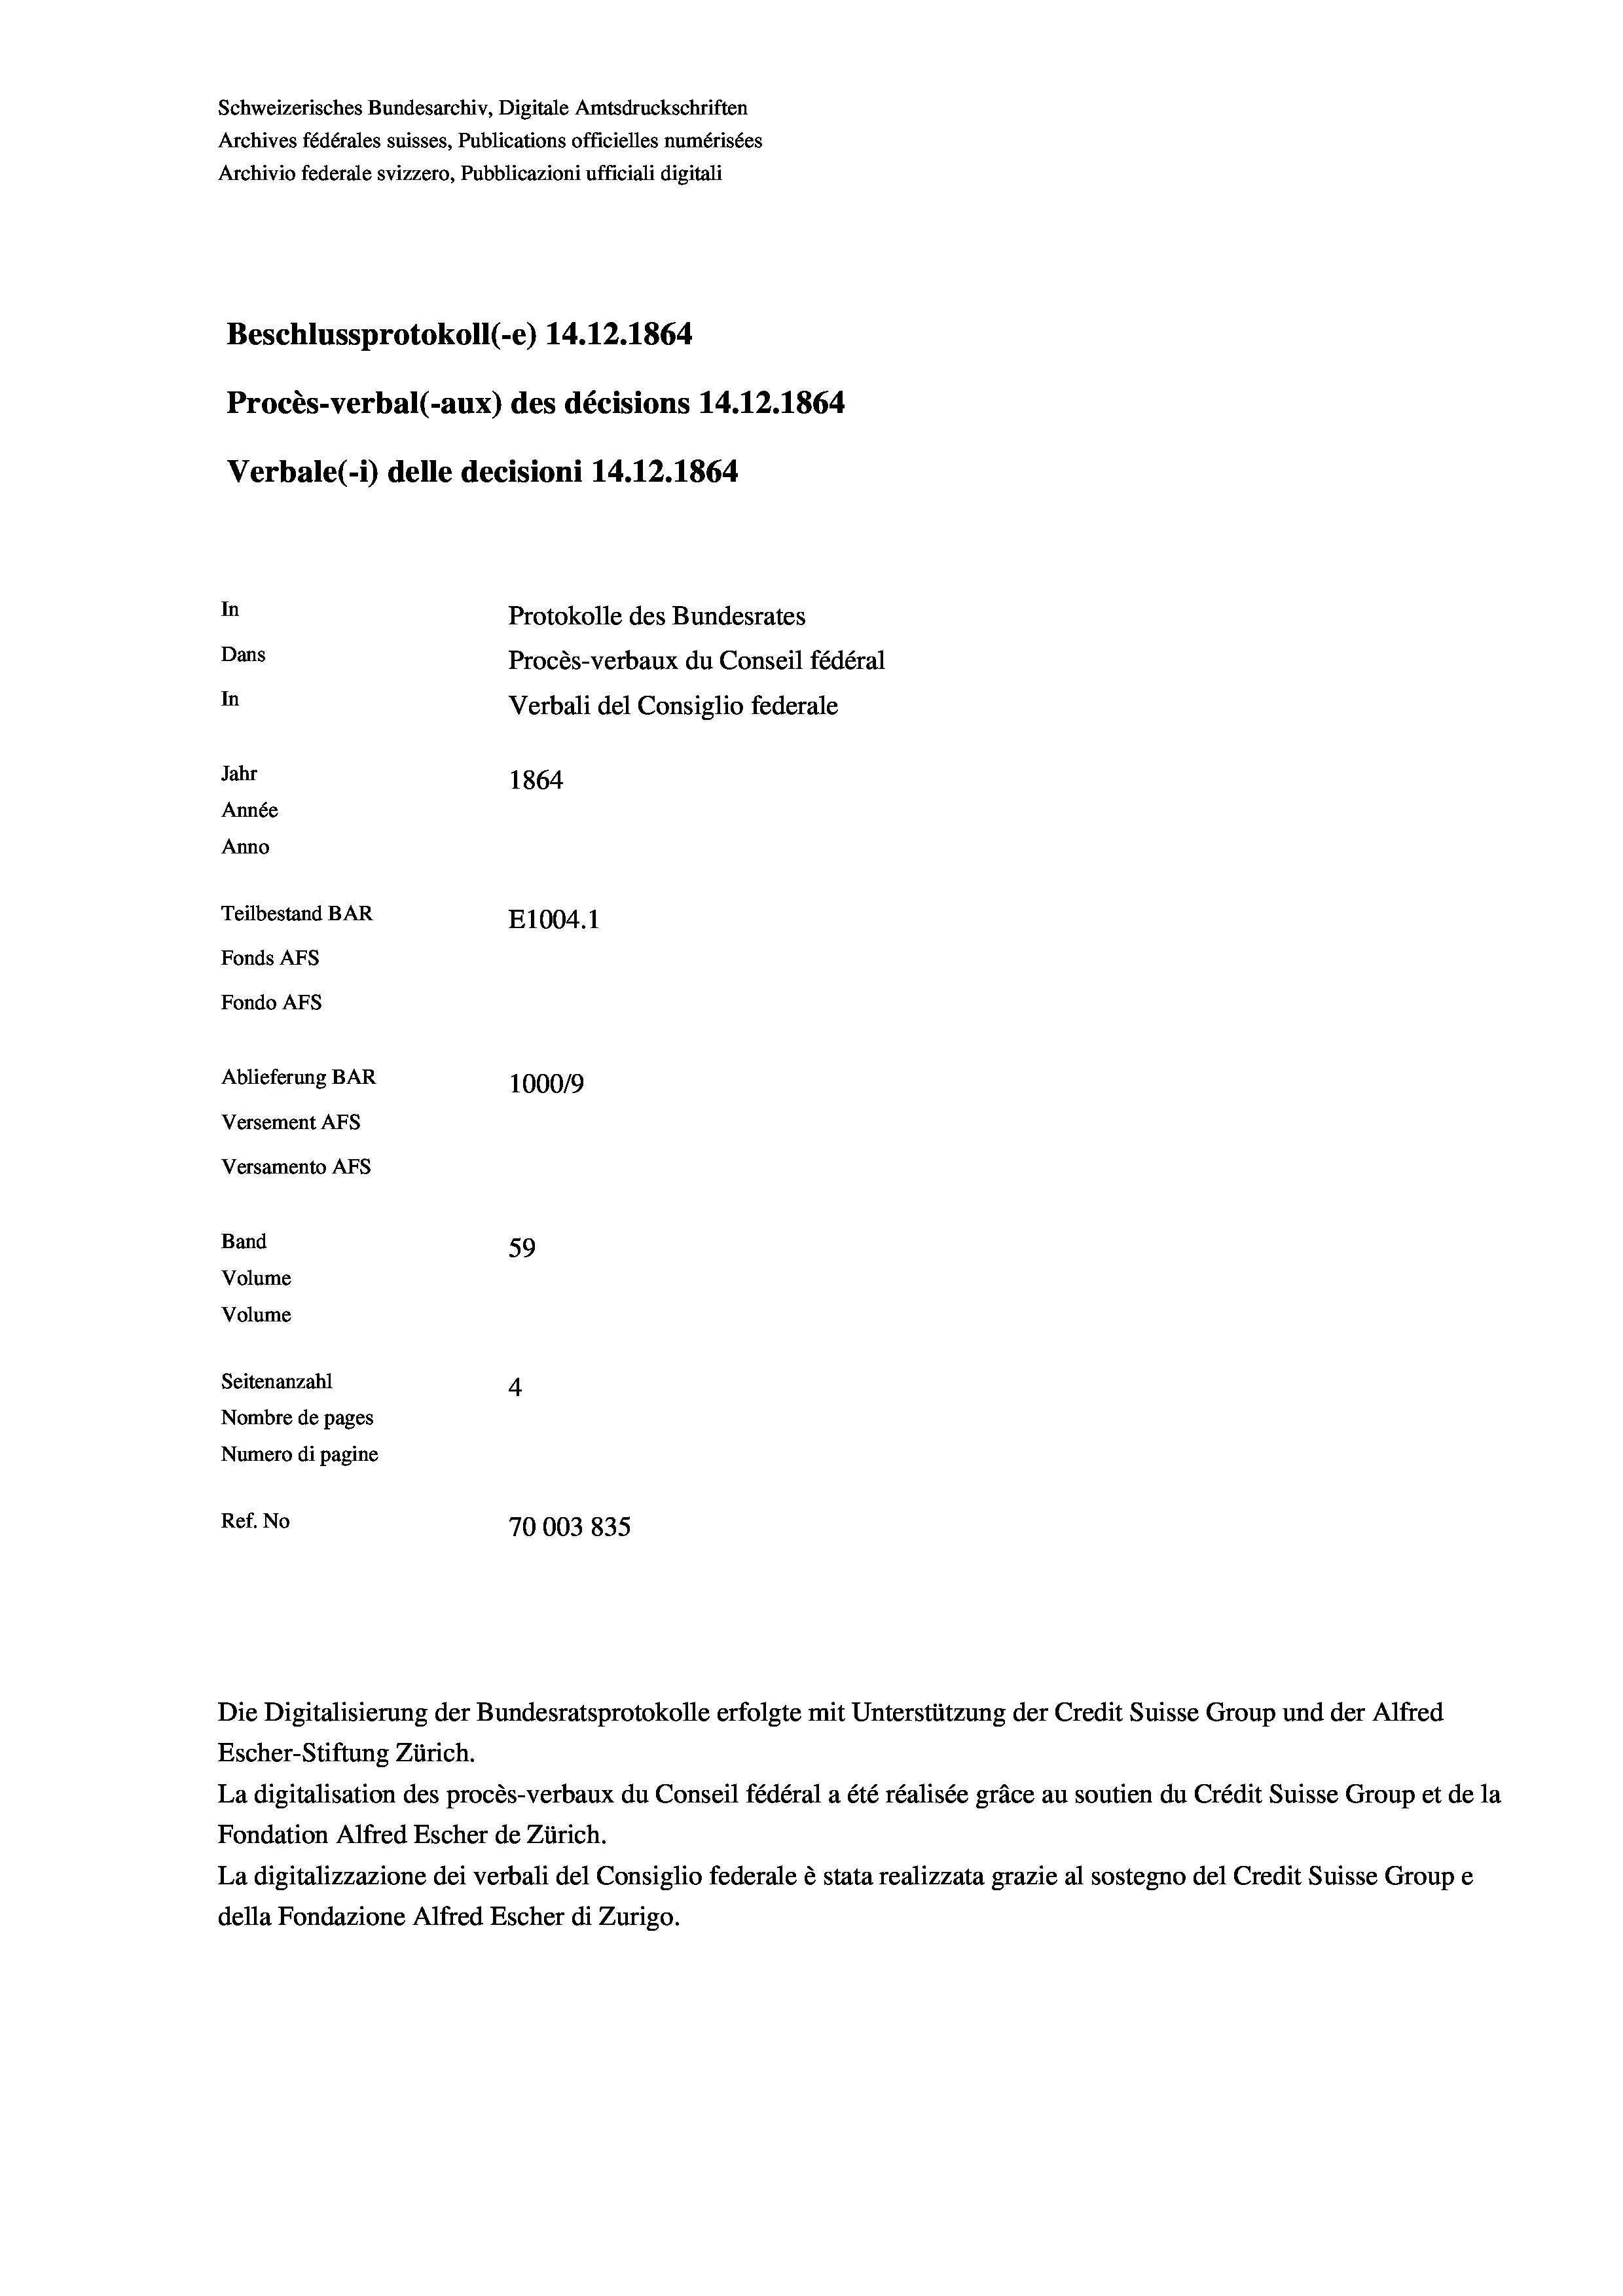
Schweizerisches Bundesarchiv, Digitale Amtsdruckschriften
Archives fédérales suisses, Publications officielles numérisées
Archivio federale svizzero, Pubblicazioni ufficiali digitali
Beschlussprotokoll (-e) 14. 12. 1864
Procès-verbal (-aux) des décisions 14.12.1864
Verbale (i) delle decisioni 14.12.1864
In
Protokolle des Bundesrates
Dans
Procès-verbaux du Conseil fédéral
In
Verbali del Consiglio federale
Jahr
1864
Année
Anno
Teilbestand BAR
E1004. 1
Fonds Afs
Fondo AFs

Ablieferung BAR
Versement AFS
Versamento Afs
Band
Volume
Volume

100019
59
Seitenanzahl
4
Nombre de pages
Numero di pagine
Ref. No
70003835

Escher-Stiftung Zürich.
La digitalisation des procès-verbaux du Conseil fédéral a été réalisée gräce au soutien du Crédit Suisse Group et de la
Fondation Alfred Escher de Zürich.
La digitalizzazione dei verbali del Consiglio federale è stata realizzata grazie al sostegno del Credit Suisse Groupe
della Fondazione Alfred Escher di Zurigo.

Die Digitalisierung der Bundesratsprotokolle erfolgte mit Unterstützung der Credit Suisse Group und der Alfred